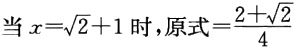
当 \(x = \sqrt{2} + 1\) 时，原式\(=\frac{2 + \sqrt{2}}{4}\)